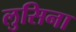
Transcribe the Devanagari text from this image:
लुसिना